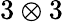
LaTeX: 3\otimes 3